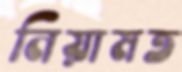
নিয়ামত